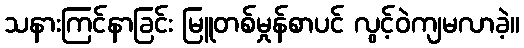
သနားကြင်နာခြင်း မြူတစ်မှုန်စာပင် လွင့်ဝဲကျမလာခဲ့။